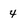
Character: 4